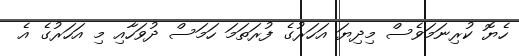
ހެޔޮ ކުރިނަމަވެސް މިދިޔަ އަހަރުގެ ފުރަތަމަ ހަމަސް ދުވަހާއި މި އަހަރުގެ އެ